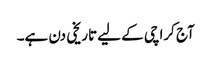
آج کراچی کے لیے تاریخی دن ہے۔